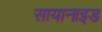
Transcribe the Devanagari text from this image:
सायानाइड